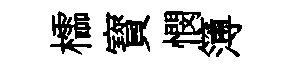
櫺寳憫簿